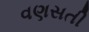
વણસતી